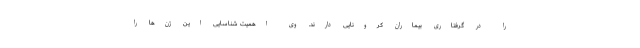
را در گرفتاری بیماران کرونایی دارند. وی اهمیت شناسایی این ژن‌ها را